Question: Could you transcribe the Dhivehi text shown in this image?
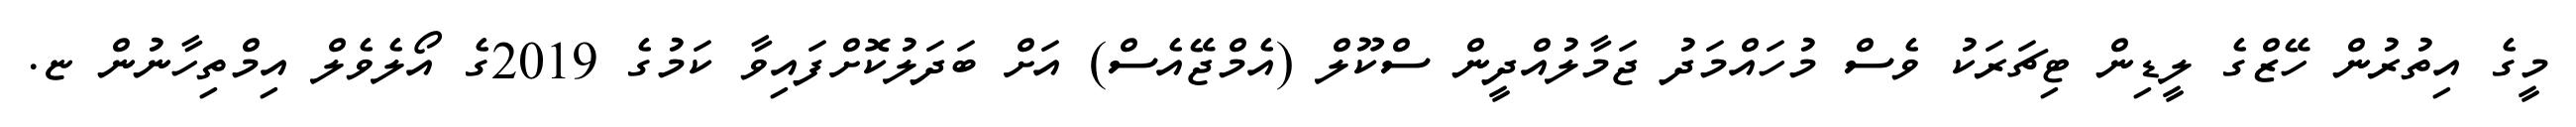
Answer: މީގެ އިތުރުން ހޭޒްގެ ލީޑިން ޓިޗަރަކު ވެސް މުހައްމަދު ޖަމާލުއްދީން ސްކޫލް (އެމްޖޭއެސް) އަށް ބަދަލުކޮށްފައިވާ ކަމުގެ 2019ގެ އޯލެވެލް އިމްތިހާނުން ޏ.